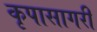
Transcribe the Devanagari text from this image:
कृपासागरी